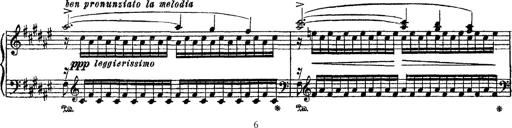
Title: Apparitions
Composer: Franz Liszt